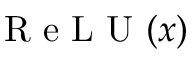
\mathrm { ~ R ~ e ~ L ~ U ~ } ( x )